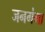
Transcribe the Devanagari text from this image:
जनगंगा